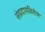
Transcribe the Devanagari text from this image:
संप्रदायविशेष